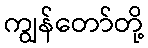
ကျွန်တော်တို့